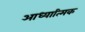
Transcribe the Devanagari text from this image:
आध्यात्‍मिक